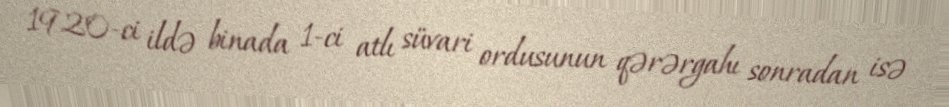
1920-ci ildə binada 1-ci atlı süvari ordusunun qərərgahı sonradan isə